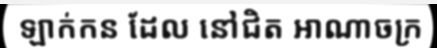
ឡាក់កន ដែល នៅជិត អាណាចក្រ